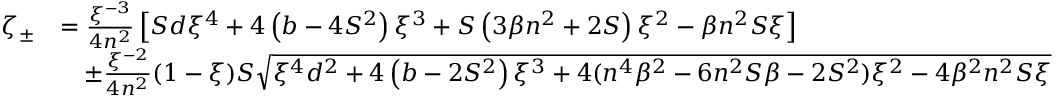
\begin{array} { r l } { \zeta _ { \pm } } & { = \frac { \xi ^ { - 3 } } { 4 n ^ { 2 } } \left[ S d \xi ^ { 4 } + 4 \left( b - 4 S ^ { 2 } \right) \xi ^ { 3 } + S \left( 3 \beta n ^ { 2 } + 2 S \right) \xi ^ { 2 } - \beta n ^ { 2 } S \xi \right] } \\ & { \quad \pm \frac { \xi ^ { - 2 } } { 4 n ^ { 2 } } ( 1 - \xi ) S \sqrt { \xi ^ { 4 } d ^ { 2 } + 4 \left( b - 2 S ^ { 2 } \right) \xi ^ { 3 } + 4 ( n ^ { 4 } \beta ^ { 2 } - 6 n ^ { 2 } S \beta - 2 S ^ { 2 } ) \xi ^ { 2 } - 4 \beta ^ { 2 } n ^ { 2 } S \xi } } \end{array}